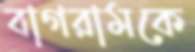
বাগরামকে